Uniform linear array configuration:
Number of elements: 4
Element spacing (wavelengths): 0.75
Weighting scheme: kaiser
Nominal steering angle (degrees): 30
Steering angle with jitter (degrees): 30.89
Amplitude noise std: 0.05
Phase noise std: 0.05

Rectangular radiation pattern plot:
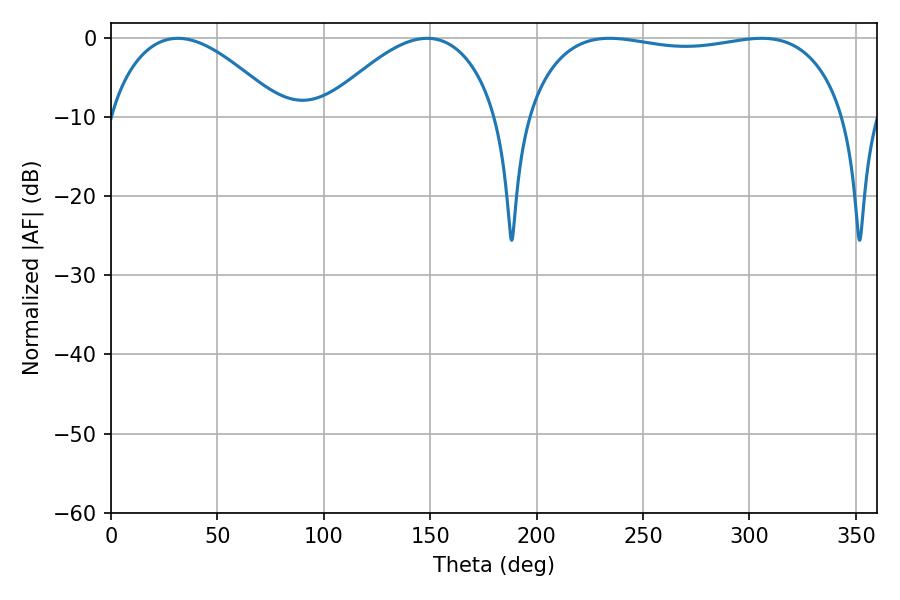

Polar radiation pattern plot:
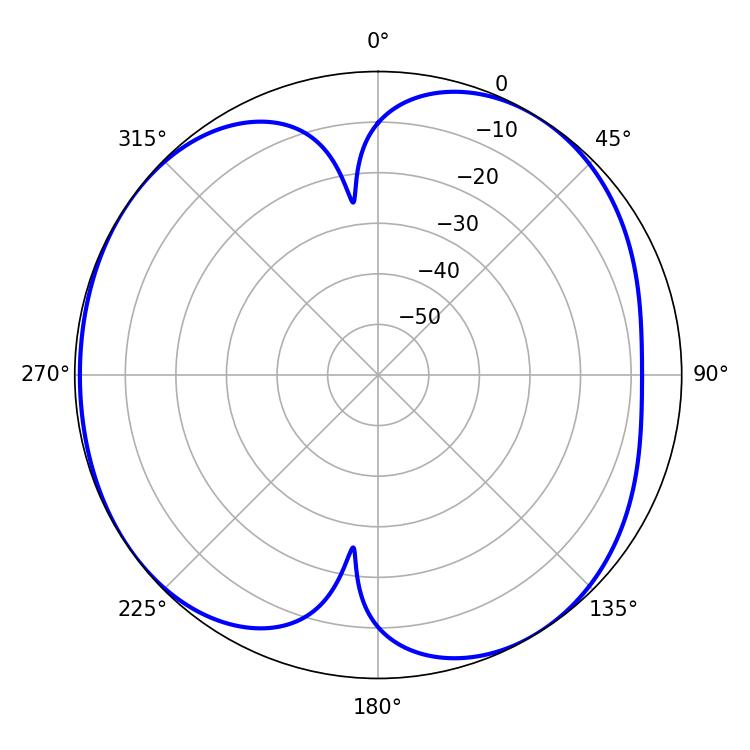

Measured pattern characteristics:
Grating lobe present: TRUE
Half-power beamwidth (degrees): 120.6
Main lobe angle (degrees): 234.36